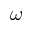
\omega